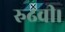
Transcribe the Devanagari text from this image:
रुढवी।